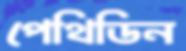
পেথিডিন